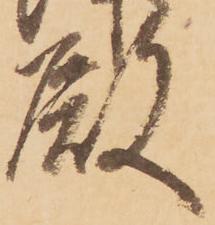
殿